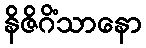
နိဇိဂိံသာနော